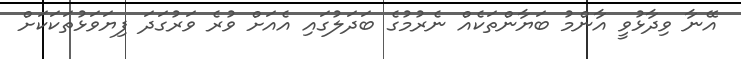
އޭނާ ވިދާޅުވީ އާންމު ބަޔާންތަކެއް ނެރުމުގެ ބަދަލުގައި އެއަށް ވުރެ ވަރުގަދަ ފިޔަވަޅުތަކަކަށް